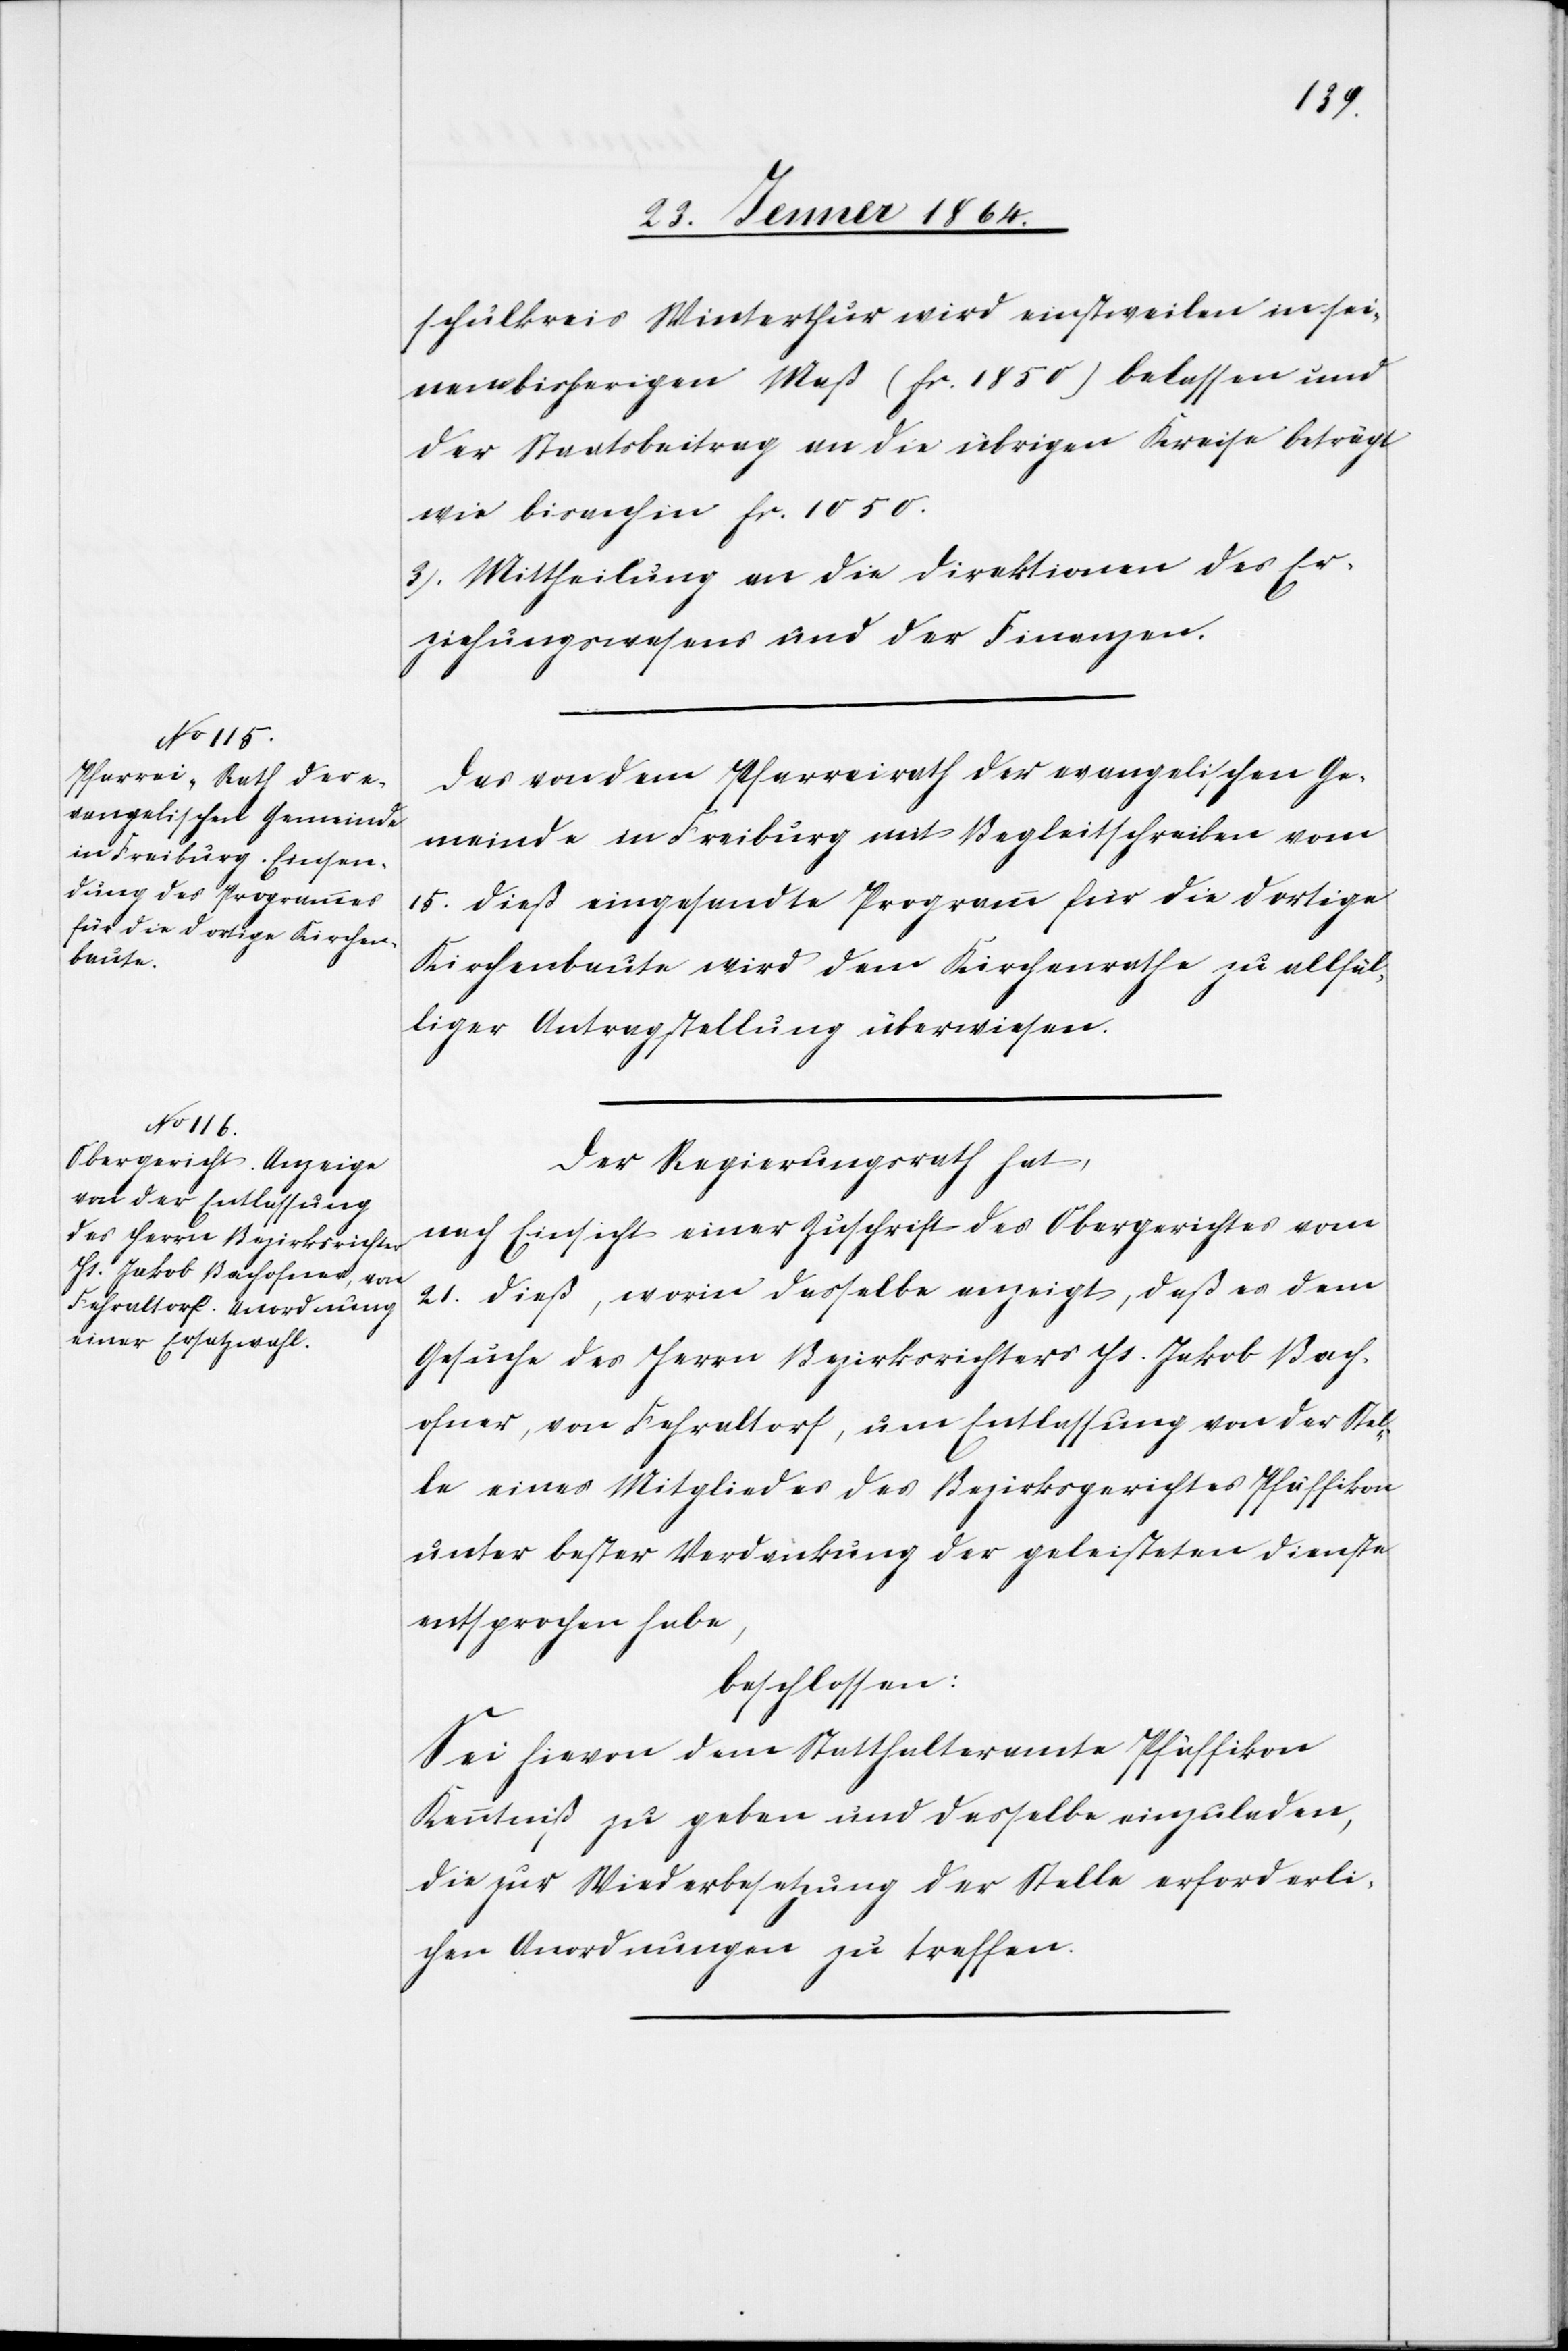
schulkreis Winterthur wird einstweilen in sei¬
nem bisherigen Maß (fr. 1850) belassen und
der Staatsbeitrag an die übrigen Kreise beträgt
wie bisanhin fr. 1050.
3. Mittheilung an die Direktionen des Er¬
ziehungswesens und der Finanzen.
Das von dem Pfarreirath der evangelischen Ge¬
meinde in Freiburg mit Begleitschreiben vom
15. dieß eingesandte Programm für die dortige
Kirchenbaute wird dem Kirchenrathe zu allfäl¬
liger Antragstellung überwiesen.
Der Regierungsrath hat,
nach Einsicht einer Zuschrift des Obergerichtes vom
21. dieß, worin dasselbe anzeigt, daß es dem
Gesuche des Herrn Bezirksrichters Hs. Jakob Bach¬
ofner, von Fehraltorf, um Entlassung von der Stel¬
le eines Mitgliedes des Bezirksgerichtes Pfäffikon
unter bester Verdankung der geleisteten Dienste
entsprochen habe,
beschlossen:
Sei hievon dem Statthalteramte Pfäffikon
Kenntniß zu geben und dasselbe eingeladen,
die zur Wiederbesetzung der Stelle erforderli¬
chen Anordnungen zu treffen.